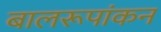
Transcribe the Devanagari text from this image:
बालरूपांकन